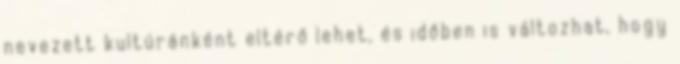
nevezett kultúránként eltérő lehet, és időben is változhat, hogy